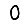
Digit: 0